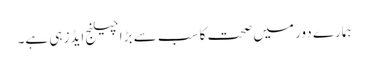
ہمارے دور میں صحت کا سب سے بڑا چیلنج ایڈز ہی ہے۔